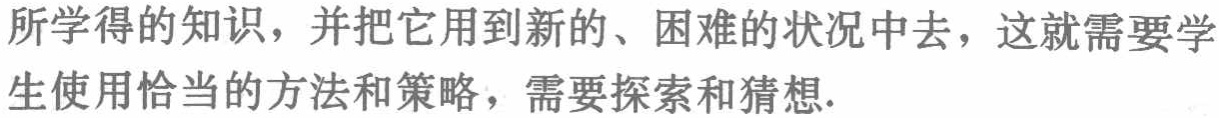
所学得的知识，并把它用到新的、困难的状况中去，这就需要学生使用恰当的方法和策略，需要探索和猜想.